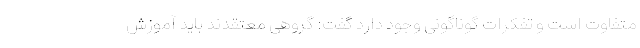
متفاوت است و تفکرات گوناگونی وجود دارد گفت: گروهی معتقدند باید آموزش